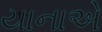
યાનાએ